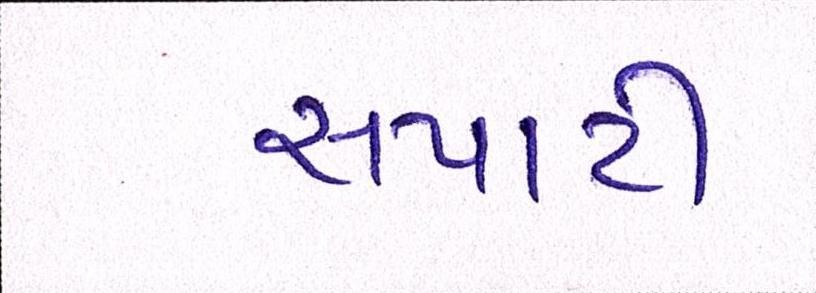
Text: સપાટી